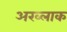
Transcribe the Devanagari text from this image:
अख्लाक